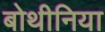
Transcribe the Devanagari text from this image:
बोथीनिया